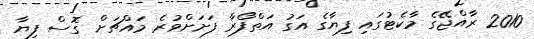
2010 ރާއްޖޭގެ މާކެޓުގައި ފިޔާގެ އަގު އަތްފޯރާ ފަށަށްވުރެ މައްޗަށް ގޮސް ފިޔާ